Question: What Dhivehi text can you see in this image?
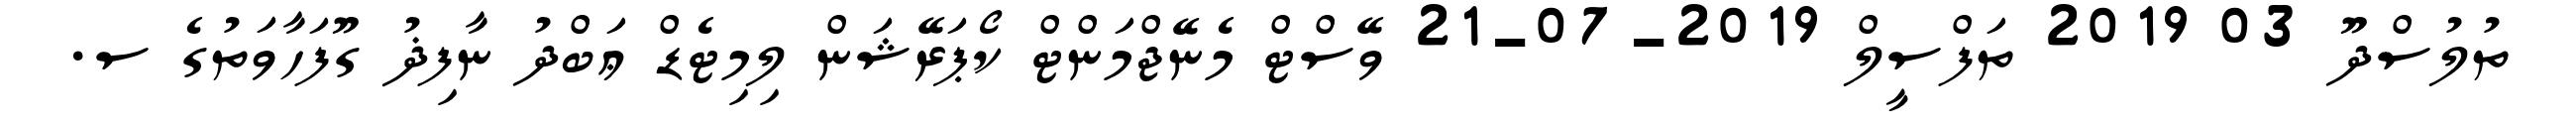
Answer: ތުލުސްދޫ 03 2019 ތަފްސީލް 2019-07-21 ވޭސްޓް މެނޭޖްމަންޓް ކޯޕަރޭޝަން ލިމިޓެޑް ޢަބްދު ނާފިޛު ގޫފަހާވަތުގެ ސ.